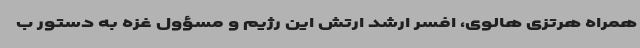
همراه هرتزی هالوی، افسر ارشد ارتش این رژیم و مسؤول غزه به دستور ب